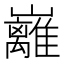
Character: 𡿎